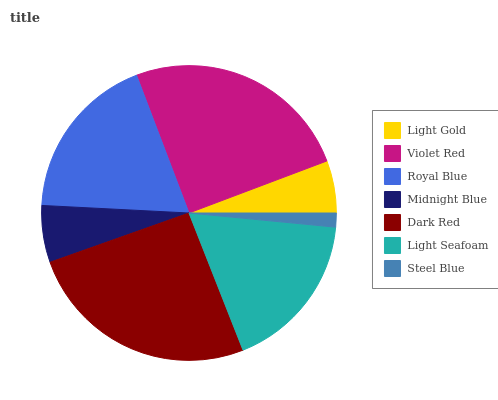
| Light Gold | Violet Red | Royal Blue | Midnight Blue | Dark Red | Light Seafoam | Steel Blue |
 | --- | --- | --- | --- | --- | --- | --- |
 | 5.72% | 25% | 18.4% | 6.23% | 25.6% | 17.5% | 1.53% |